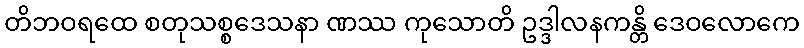
တိဘဝရထေ စတုသစ္စဒေသနာ ဏဿ ကုသောတိ ဥဒ္ဒါလနကန္တိ ဒေဝလောကေ